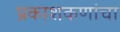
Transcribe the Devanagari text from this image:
प्रकाशकणांचा